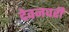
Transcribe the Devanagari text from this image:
देवनवरी